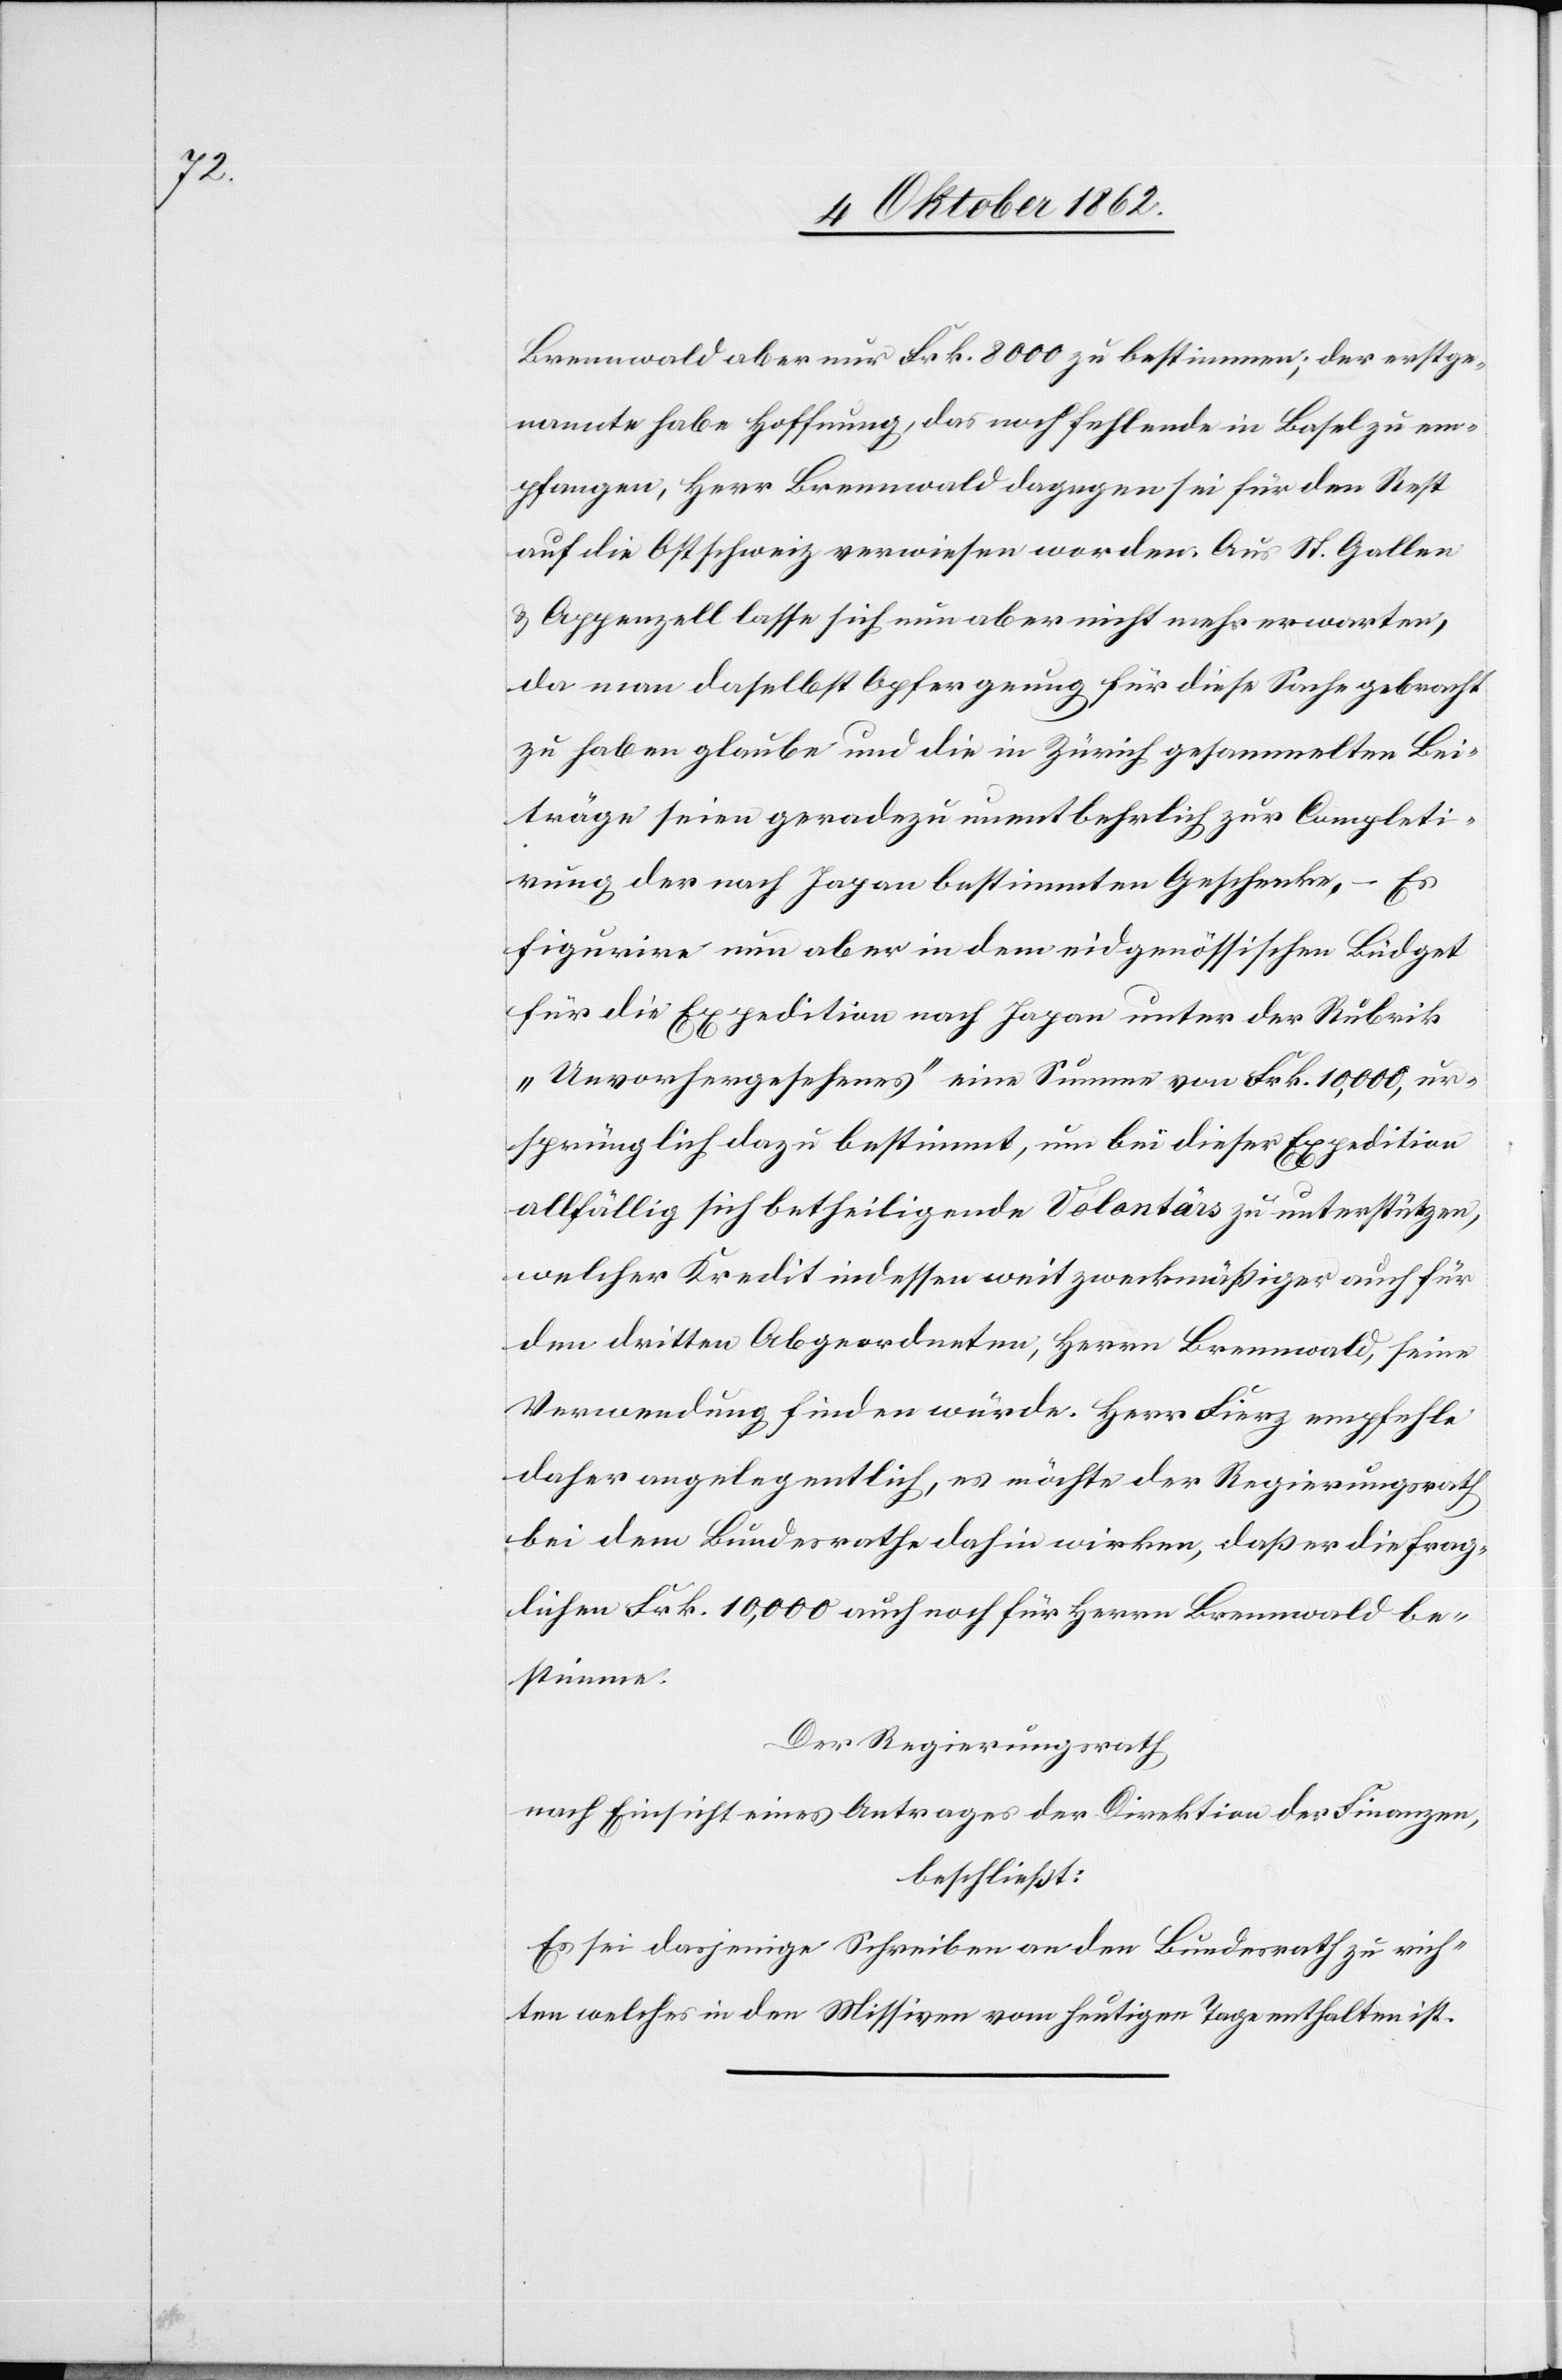
Brennwald aber nur Frk. 8000 zu bestimmen; der erstge¬
nannte habe Hoffnung, das noch fehlende in Basel zu em¬
pfangen, Herr Brennwald dagegen sei für den Rest
auf die Ostschweiz verwiesen worden. Aus St. Gallen
u. Appenzell lasse sich nun aber nicht mehr erwarten,
da man daselbst Opfer genug für diese Sache gebracht
zu haben glaube und die in Zürich gesammelten Bei¬
träge seien geradezu unentbehrlich zur Completi¬
rung der nach Japan bestimmten Geschenke, – Es
figurire nun aber in dem eidgenössischen Büdget
für die Expedition nach Japan unter der Rubrik
„Unvorhergesehenes“ eine Summe von Frk. 10,000, ur¬
sprünglich dazu bestimmt, um bei dieser Expedition
allfällig sich betheiligende Volontärs zu unterstützen,
welcher Kredit indessen weit zweckmäßiger auch für
den dritten Abgeordneten, Herrn Brennwald, seine
Verwendung finden würde. Herr Fierz empfehle
daher angelegentlich, es möchte der Regierungsrath
bei dem Bundesrathe dahin wirken, daß er die frag¬
lichen Frk. 10,000 auch noch für Herrn Brennwald be¬
stimme.
Der Regierungsrath
nach Einsicht eines Antrages der Direktion der Finanzen,
beschließt:
Es sei dasjenige Schreiben an den Bundesrath zu rich¬
ten welches in den Missiven vom heutigen Tage enthalten ist.